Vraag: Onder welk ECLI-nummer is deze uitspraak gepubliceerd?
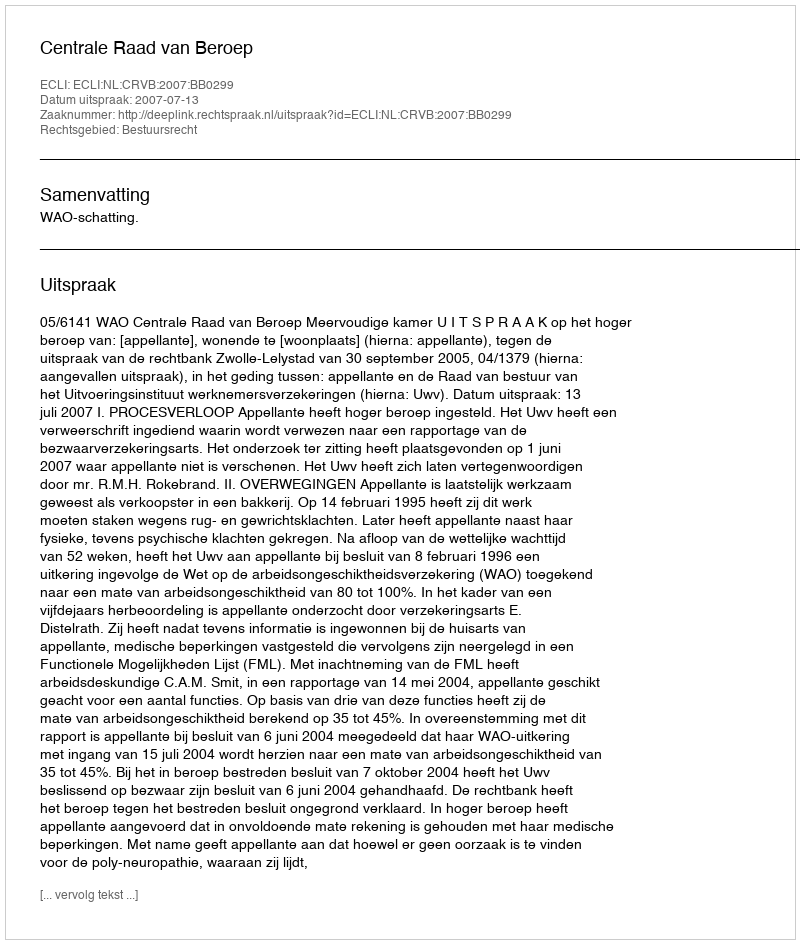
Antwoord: ECLI:NL:CRVB:2007:BB0299